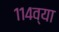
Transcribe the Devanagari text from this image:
११४व्या